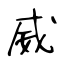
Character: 威